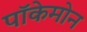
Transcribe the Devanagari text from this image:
पॉकेमोन